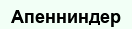
Апенниндер